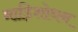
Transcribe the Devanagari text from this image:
नाड़िशोधन